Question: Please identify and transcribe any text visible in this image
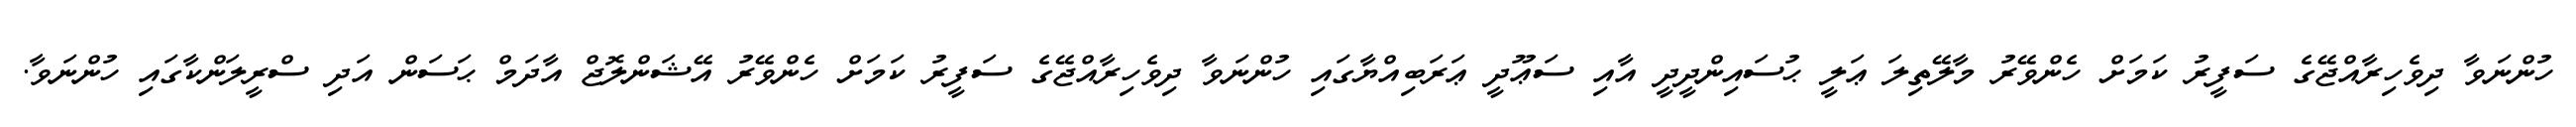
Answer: ހުންނަވާ ދިވެހިރާއްޖޭގެ ސަފީރު ކަމަށް ހެންވޭރު މާލޭތިލަ ޢަލީ ޙުސައިންދީދީ އާއި ސަޢޫދީ ޢަރަބިއްޔާގައި ހުންނަވާ ދިވެހިރާއްޖޭގެ ސަފީރު ކަމަށް ހެންވޭރު އޭޝަންލޮޖް އާދަމް ޙަސަން އަދި ސްރީލަންކާގައި ހުންނަވާ.